画像に写った文字を読んでください
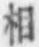
「相」と書いてあります